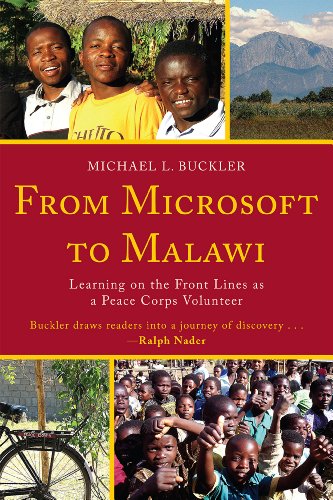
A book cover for From Microsoft to Malawi: Learning on the Front Lines as a Peace Corps Volunteer; Michael L. Buckler; Travel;